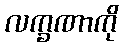
လက္ခဏာကို